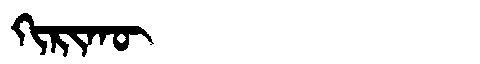
Manchu: ᡴᡳᡵᡳᡴᡡ
Romanization: KIRIKŪ